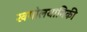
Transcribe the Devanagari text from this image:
खगोलयानिकी